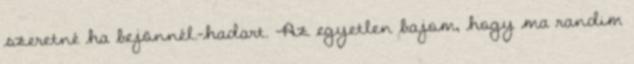
szeretné ha bejönnél.-hadart. -Az egyetlen bajom, hogy ma randim